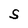
Character: S